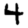
Digit: 4